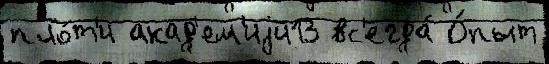
пло́т'и акад'ем'иjи13 вс'егда́ О́пыт